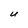
Character: U